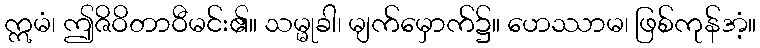
ဣမံ၊ ဤဇိဝိတာဝီမင်း၏။ သမ္မုခါ၊ မျက်မှောက်၌။ ဟေဿာမ၊ ဖြစ်ကုန်အံ့။